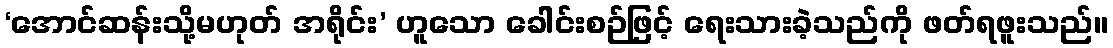
‘အောင်ဆန်းသို့မဟုတ် အရိုင်း’ ဟူသော ခေါင်းစဉ်ဖြင့် ရေးသားခဲ့သည်ကို ဖတ်ရဖူးသည်။